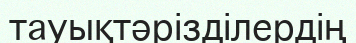
тауықтәрізділердің